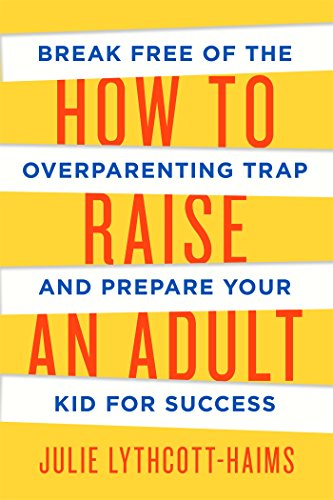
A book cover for How to Raise an Adult: Break Free of the Overparenting Trap and Prepare Your Kid for Success; Julie Lythcott-Haims; Parenting & Relationships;